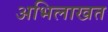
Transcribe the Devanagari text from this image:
अभिलाखत